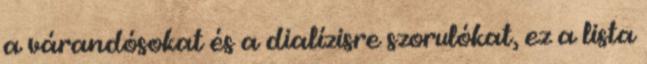
a várandósokat és a dialízisre szorulókat, ez a lista